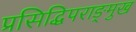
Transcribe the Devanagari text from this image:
प्रसिद्धिपराङ्‍मुख